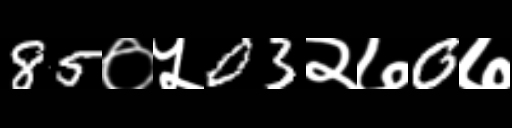
Text: 85०५03२७0७